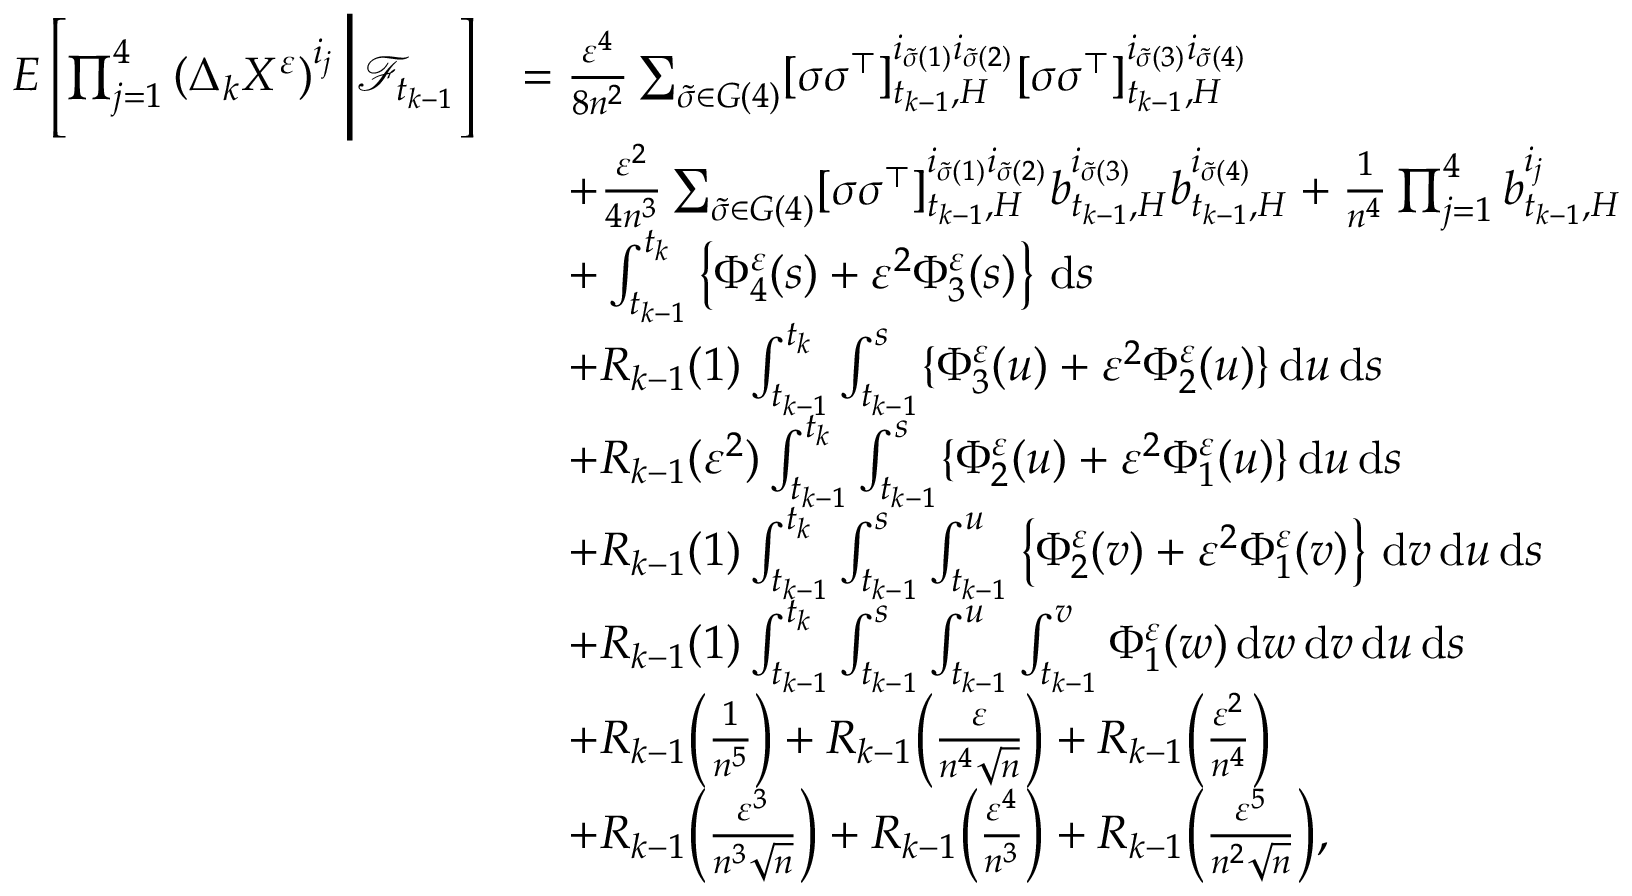
\begin{array} { r l } { E \left[ \prod _ { j = 1 } ^ { 4 } \left( \Delta _ { k } X ^ { \varepsilon } \right) ^ { i _ { j } } \Bigg | \mathcal { F } _ { t _ { k - 1 } } \right] } & { = \frac { \varepsilon ^ { 4 } } { 8 n ^ { 2 } } \sum _ { \tilde { \sigma } \in G ( 4 ) } [ \sigma \sigma ^ { \top } ] _ { t _ { k - 1 } , H } ^ { i _ { \tilde { \sigma } ( 1 ) } i _ { \tilde { \sigma } ( 2 ) } } [ \sigma \sigma ^ { \top } ] _ { t _ { k - 1 } , H } ^ { i _ { \tilde { \sigma } ( 3 ) } i _ { \tilde { \sigma } ( 4 ) } } } \\ & { \quad + \frac { \varepsilon ^ { 2 } } { 4 n ^ { 3 } } \sum _ { \tilde { \sigma } \in G ( 4 ) } [ \sigma \sigma ^ { \top } ] _ { t _ { k - 1 } , H } ^ { i _ { \tilde { \sigma } ( 1 ) } i _ { \tilde { \sigma } ( 2 ) } } b _ { t _ { k - 1 } , H } ^ { i _ { \tilde { \sigma } ( 3 ) } } b _ { t _ { k - 1 } , H } ^ { i _ { \tilde { \sigma } ( 4 ) } } + \frac { 1 } { n ^ { 4 } } \prod _ { j = 1 } ^ { 4 } b _ { t _ { k - 1 } , H } ^ { i _ { j } } } \\ & { \quad + \int _ { t _ { k - 1 } } ^ { t _ { k } } \left\{ \Phi _ { 4 } ^ { \varepsilon } ( s ) + \varepsilon ^ { 2 } \Phi _ { 3 } ^ { \varepsilon } ( s ) \right\} \, \mathrm { d } s } \\ & { \quad + R _ { k - 1 } ( 1 ) \int _ { t _ { k - 1 } } ^ { t _ { k } } \int _ { t _ { k - 1 } } ^ { s } \{ \Phi _ { 3 } ^ { \varepsilon } ( u ) + \varepsilon ^ { 2 } \Phi _ { 2 } ^ { \varepsilon } ( u ) \} \, \mathrm { d } u \, \mathrm { d } s } \\ & { \quad + R _ { k - 1 } ( \varepsilon ^ { 2 } ) \int _ { t _ { k - 1 } } ^ { t _ { k } } \int _ { t _ { k - 1 } } ^ { s } \{ \Phi _ { 2 } ^ { \varepsilon } ( u ) + \varepsilon ^ { 2 } \Phi _ { 1 } ^ { \varepsilon } ( u ) \} \, \mathrm { d } u \, \mathrm { d } s } \\ & { \quad + R _ { k - 1 } ( 1 ) \int _ { t _ { k - 1 } } ^ { t _ { k } } \int _ { t _ { k - 1 } } ^ { s } \int _ { t _ { k - 1 } } ^ { u } \left\{ \Phi _ { 2 } ^ { \varepsilon } ( v ) + \varepsilon ^ { 2 } \Phi _ { 1 } ^ { \varepsilon } ( v ) \right\} \, \mathrm { d } v \, \mathrm { d } u \, \mathrm { d } s } \\ & { \quad + R _ { k - 1 } ( 1 ) \int _ { t _ { k - 1 } } ^ { t _ { k } } \int _ { t _ { k - 1 } } ^ { s } \int _ { t _ { k - 1 } } ^ { u } \int _ { t _ { k - 1 } } ^ { v } \Phi _ { 1 } ^ { \varepsilon } ( w ) \, \mathrm { d } w \, \mathrm { d } v \, \mathrm { d } u \, \mathrm { d } s } \\ & { \quad + R _ { k - 1 } \Big ( \frac { 1 } { n ^ { 5 } } \Big ) + R _ { k - 1 } \Big ( \frac { \varepsilon } { n ^ { 4 } \sqrt { n } } \Big ) + R _ { k - 1 } \Big ( \frac { \varepsilon ^ { 2 } } { n ^ { 4 } } \Big ) } \\ & { \quad + R _ { k - 1 } \Big ( \frac { \varepsilon ^ { 3 } } { n ^ { 3 } \sqrt { n } } \Big ) + R _ { k - 1 } \Big ( \frac { \varepsilon ^ { 4 } } { n ^ { 3 } } \Big ) + R _ { k - 1 } \Big ( \frac { \varepsilon ^ { 5 } } { n ^ { 2 } \sqrt { n } } \Big ) , } \end{array}